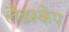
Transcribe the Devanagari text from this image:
लैडस्केप